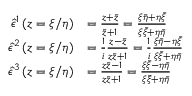
\begin{array} { r l } { \hat { \epsilon } ^ { 1 } \left( z = \xi / \eta \right) } & { = \frac { z + \bar { z } } { \bar { z } + 1 } = \frac { \xi \bar { \eta } + \eta \bar { \xi } } { \xi \bar { \xi } + \eta \bar { \eta } } } \\ { \hat { \epsilon } ^ { 2 } \left( z = \xi / \eta \right) } & { = \frac { 1 } { i } \frac { z - \bar { z } } { z \bar { z } + 1 } = \frac { 1 } { i } \frac { \xi \bar { \eta } - \eta \bar { \xi } } { \xi \bar { \xi } + \eta \bar { \eta } } } \\ { \hat { \epsilon } ^ { 3 } \left( z = \xi / \eta \right) } & { = \frac { z \bar { z } - 1 } { z \bar { z } + 1 } = \frac { \xi \bar { \xi } - \eta \bar { \eta } } { \xi \bar { \xi } + \eta \bar { \eta } } } \end{array}